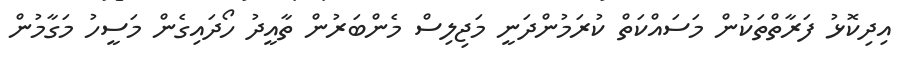
އިދިކޮޅު ފަރާތްތަކުން މަސައްކަތް ކުރަމުންދަނީ މަޖިލިސް މެންބަރުން ތާއީދު ހޯދައިގެން މަސީހު މަގާމުން